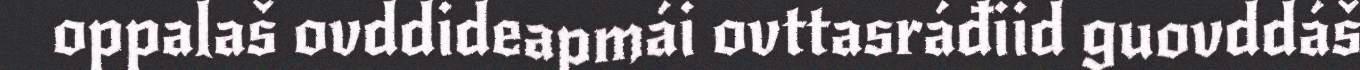
oppalaš ovddideapmái ovttasráđiid guovddáš